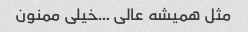
مثل همیشه عالی …خیلی ممنون